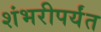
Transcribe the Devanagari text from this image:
शंभरीपर्यंत